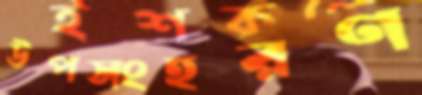
উপসংহরণ